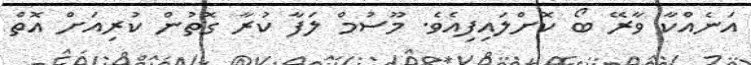
އަނެއްކާ ވާރޭ ބޯ ކޮށްލައިފިއެވެ. މޫސުމް ލަފާ ކުރާ ގޮތުން ކުރިއަށް އޮތް